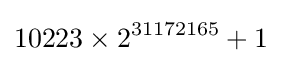
10223\times 2^{31172165}+1